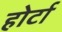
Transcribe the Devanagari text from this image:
होर्टा